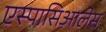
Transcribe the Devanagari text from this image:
एस्पासिआलेस